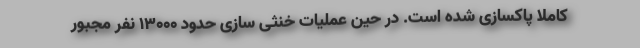
کاملاً پاکسازی شده است. در حین عملیات خنثی سازی حدود ۱۳۰۰۰ نفر مجبور